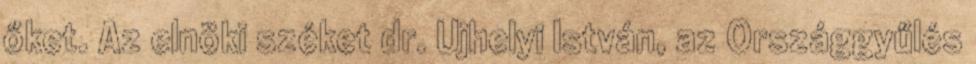
őket. Az elnöki széket dr. Ujhelyi István, az Országgyűlés